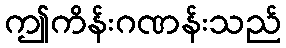
ဤကိန်းဂဏန်းသည်